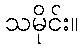
သမိုင်း။